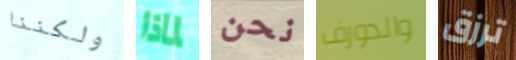
ولكننا لماذا نحن والدورف ترزق